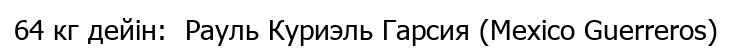
64 кг дейін:  Рауль Куриэль Гарсия (Mexico Guerreros)